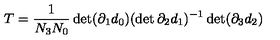
T = \frac { 1 } { N _ { 3 } N _ { 0 } } \det ( \partial _ { 1 } d _ { 0 } ) ( \det \partial _ { 2 } d _ { 1 } ) ^ { - 1 } \det ( \partial _ { 3 } d _ { 2 } )